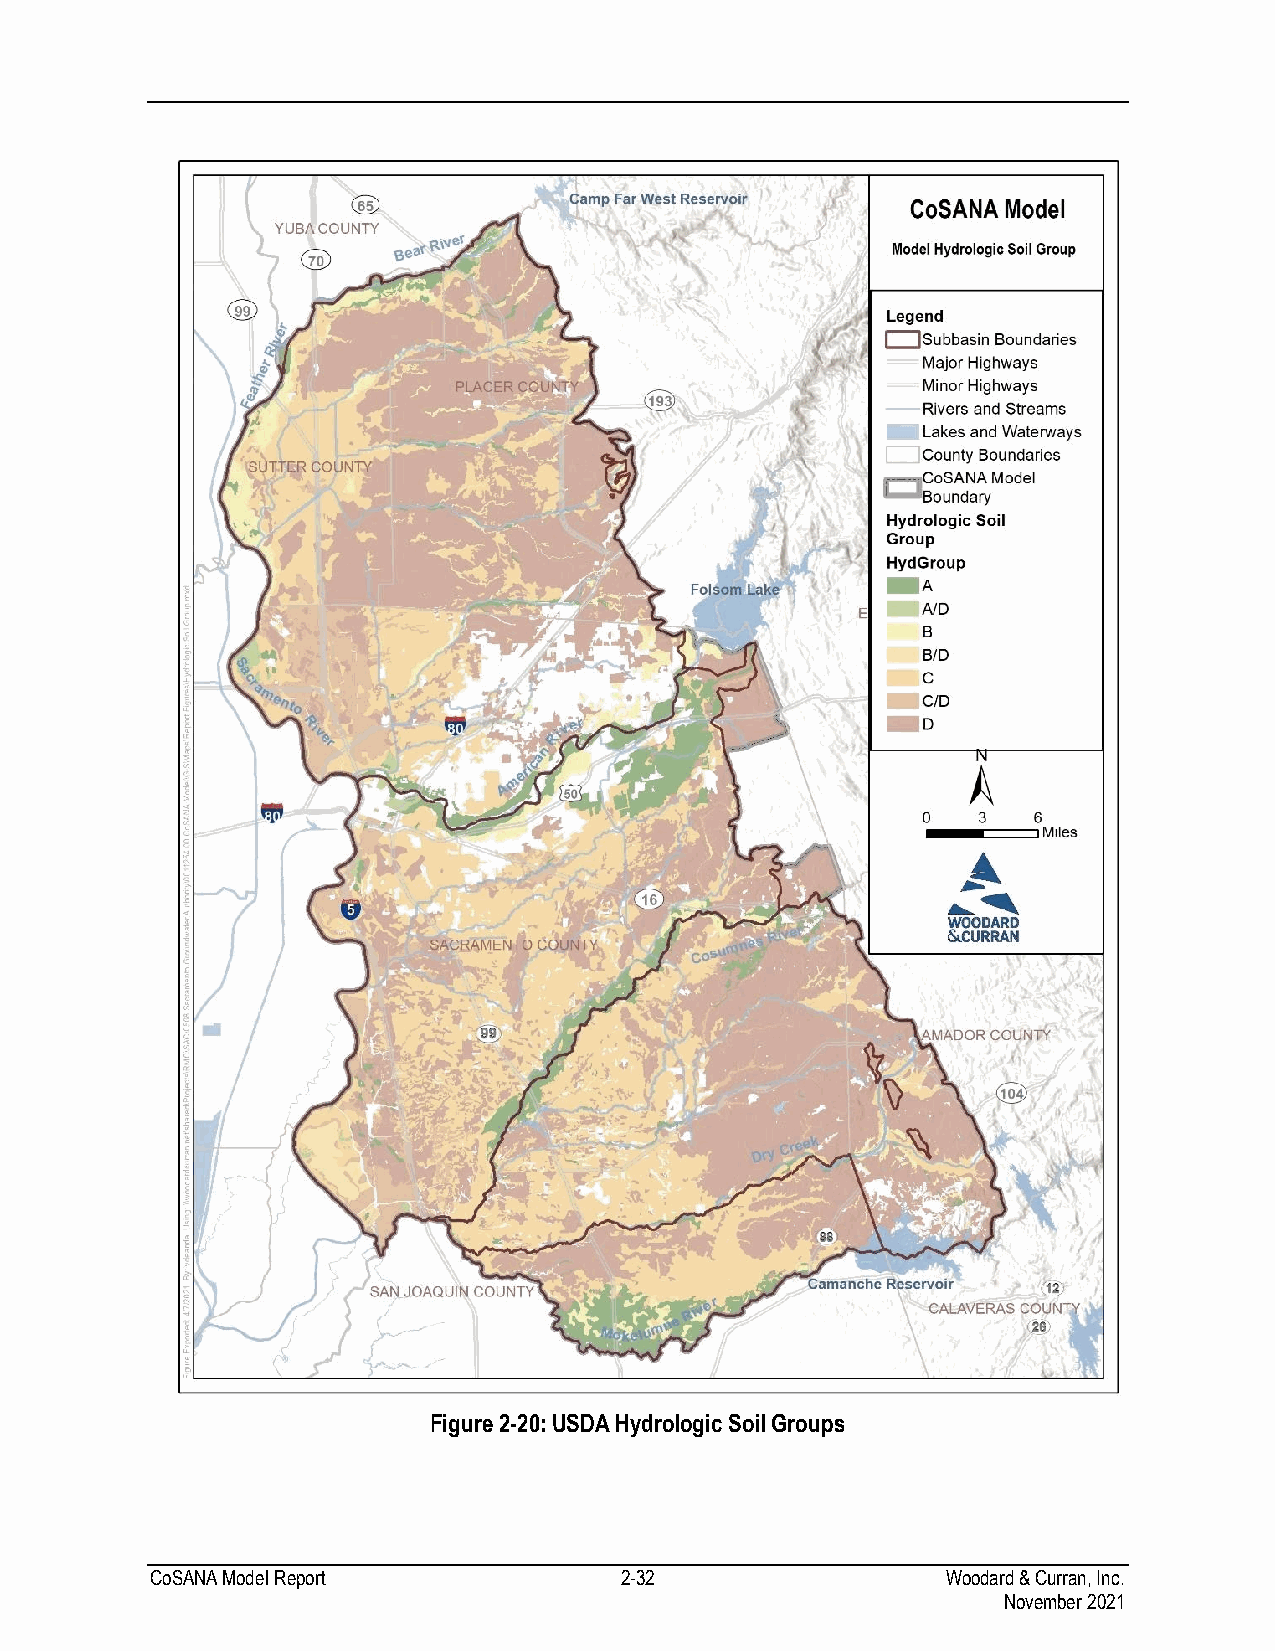
Figure 2-20: USDA Hydrologic Soil Groups
 CoSANA Model Report            2-32                  Woodard & Curran, Inc.
 November 2021